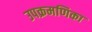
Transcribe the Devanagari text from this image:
उपक्रमणिका